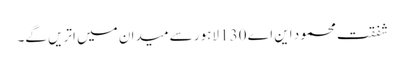
شفقت محمود این اے 130 لاہور سے میدان میں اتریں گے۔